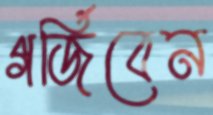
গর্জিবেন